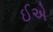
ઈએ